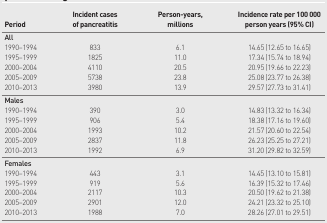
| Period | Incident cases of pancreatitis | Person-years, millions | Incidence rate per 100 000 person years (95% CI) |
 | --- | --- | --- | --- |
 | All |  |  |  |
 | 1990–1994 | 833 | 6.1 | 14.65 (12.65 to 16.65) |
 | 1995–1999 | 1825 | 11.0 | 17.34 (15.74 to 18.94) |
 | 2000–2004 | 4110 | 20.5 | 20.95 (19.66 to 22.23) |
 | 2005–2009 | 5738 | 23.8 | 25.08 (23.77 to 26.38) |
 | 2010–2013 | 3980 | 13.9 | 29.57 (27.73 to 31.41) |
 | Males |  |  |  |
 | 1990–1994 | 390 | 3.0 | 14.83 (13.32 to 16.34) |
 | 1995–1999 | 906 | 5.4 | 18.38 (17.16 to 19.60) |
 | 2000–2004 | 1993 | 10.2 | 21.57 (20.60 to 22.54) |
 | 2005–2009 | 2837 | 11.8 | 26.23 (25.25 to 27.21) |
 | 2010–2013 | 1992 | 6.9 | 31.20 (29.82 to 32.59) |
 | Females |  |  |  |
 | 1990–1994 | 443 | 3.1 | 14.45 (13.10 to 15.81) |
 | 1995–1999 | 919 | 5.6 | 16.39 (15.32 to 17.46) |
 | 2000–2004 | 2117 | 10.3 | 20.50 (19.62 to 21.38) |
 | 2005–2009 | 2901 | 12.0 | 24.21 (23.32 to 25.10) |
 | 2010–2013 | 1988 | 7.0 | 28.26 (27.01 to 29.51) |